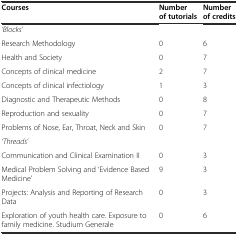
<table><thead><tr><td><b>Courses</b></td><td><b>Number of tutorials</b></td><td><b>Number of credits</b></td></tr></thead><tbody><tr><td><i>‘Blocks’</i></td><td></td><td></td></tr><tr><td>Research Methodology</td><td>0</td><td>6</td></tr><tr><td>Health and Society</td><td>0</td><td>7</td></tr><tr><td>Concepts of clinical medicine</td><td>2</td><td>7</td></tr><tr><td>Concepts of clinical infectiology</td><td>1</td><td>3</td></tr><tr><td>Diagnostic and Therapeutic Methods</td><td>0</td><td>8</td></tr><tr><td>Reproduction and sexuality</td><td>0</td><td>7</td></tr><tr><td>Problems of Nose, Ear, Throat, Neck and Skin</td><td>0</td><td>7</td></tr><tr><td><i>‘Threads’</i></td><td></td><td></td></tr><tr><td>Communication and Clinical Examination II</td><td>0</td><td>3</td></tr><tr><td>Medical Problem Solving and ‘Evidence Based Medicine’</td><td>9</td><td>3</td></tr><tr><td>Projects: Analysis and Reporting of Research Data</td><td>0</td><td>3</td></tr><tr><td>Exploration of youth health care. Exposure to family medicine. Studium Generale</td><td>0</td><td>6</td></tr></tbody></table>